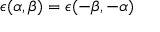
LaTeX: \epsilon ( \alpha , \beta ) = \epsilon ( - \beta , - \alpha )